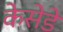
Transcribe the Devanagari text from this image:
केसेडे